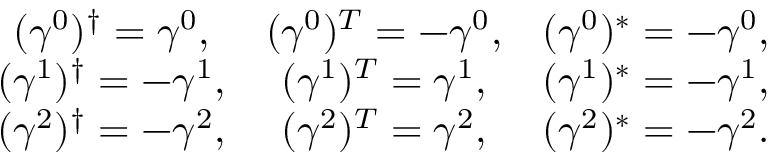
\begin{array} { c c c } { { ( \gamma ^ { 0 } ) ^ { \dagger } = \gamma ^ { 0 } , } } & { { ( \gamma ^ { 0 } ) ^ { T } = - \gamma ^ { 0 } , } } & { { ( \gamma ^ { 0 } ) ^ { * } = - \gamma ^ { 0 } , } } \\ { { ( \gamma ^ { 1 } ) ^ { \dagger } = - \gamma ^ { 1 } , } } & { { ( \gamma ^ { 1 } ) ^ { T } = \gamma ^ { 1 } , } } & { { ( \gamma ^ { 1 } ) ^ { * } = - \gamma ^ { 1 } , } } \\ { { ( \gamma ^ { 2 } ) ^ { \dagger } = - \gamma ^ { 2 } , } } & { { ( \gamma ^ { 2 } ) ^ { T } = \gamma ^ { 2 } , } } & { { ( \gamma ^ { 2 } ) ^ { * } = - \gamma ^ { 2 } . } } \end{array}